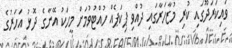
ވައިކަރަދޫގައި ކުރި މުޒާހަރާގައި ދުއްވި ޕިކަޕެއް ހުއްޓުވުމަށް މީހަކު އޭނާގެ ދޮޅު އަހަރުގެ